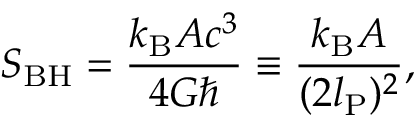
S _ { \mathrm { B H } } = \frac { k _ { \mathrm { B } } A c ^ { 3 } } { 4 G \hbar } \equiv \frac { k _ { \mathrm { B } } A } { ( 2 l _ { \mathrm { P } } ) ^ { 2 } } ,